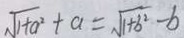
\sqrt { 1 + a ^ { 2 } } + a = \sqrt { 1 + b ^ { 2 } } - b